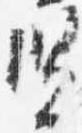
賢